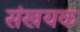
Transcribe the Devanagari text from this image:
संखयक